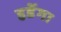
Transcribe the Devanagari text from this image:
हडेंगा